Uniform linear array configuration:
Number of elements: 12
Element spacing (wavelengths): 0.75
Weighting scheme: cosine
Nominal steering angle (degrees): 0
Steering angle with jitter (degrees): -1.412
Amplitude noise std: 0.05
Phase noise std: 0.05

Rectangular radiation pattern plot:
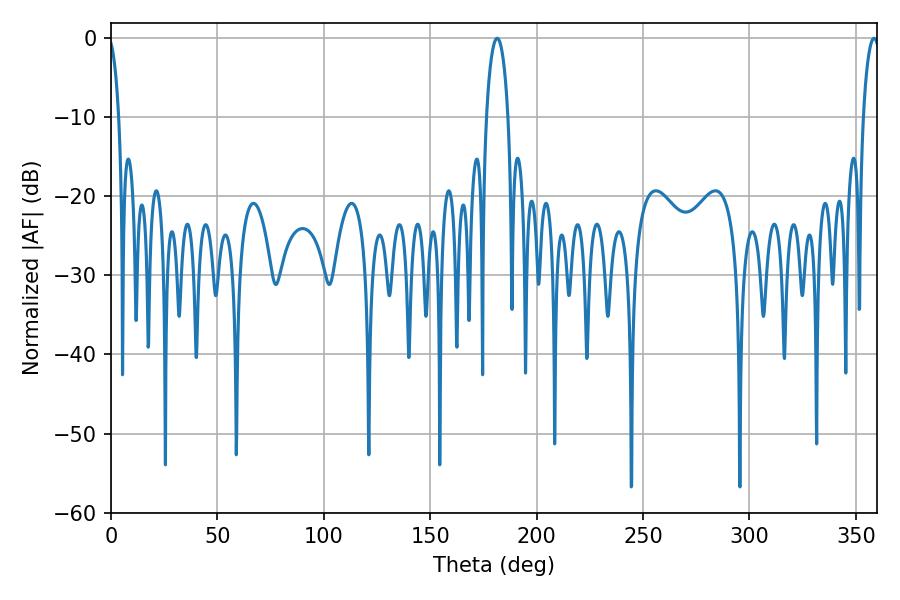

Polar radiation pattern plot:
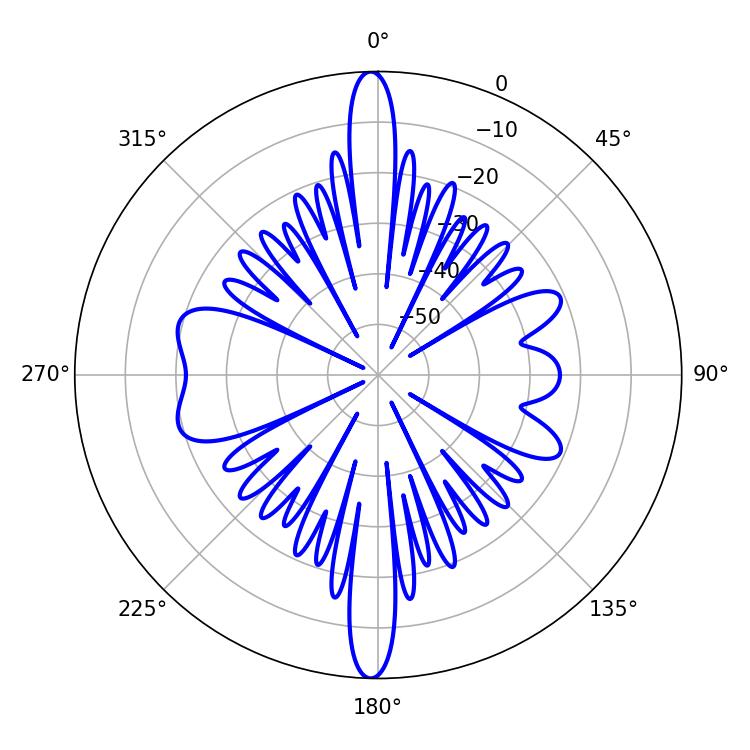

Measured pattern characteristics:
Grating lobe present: TRUE
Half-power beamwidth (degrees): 5.76
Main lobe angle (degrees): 181.44